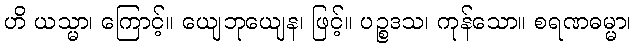
ဟိ ယသ္မာ၊ ကြောင့်။ ယျေဘုယျေန၊ ဖြင့်။ ပဉ္စဒသ၊ ကုန်သော။ စရဏဓမ္မာ၊